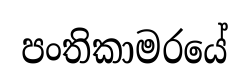
පංතිකාමරයේ